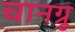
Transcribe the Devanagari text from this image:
चानग्रू